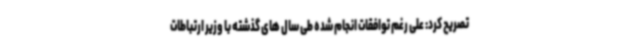
تصریح کرد: علی رغم توافقات انجام شده طی سال های گذشته با وزیر ارتباطات